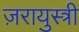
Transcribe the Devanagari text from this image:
ज़रायुस्त्री